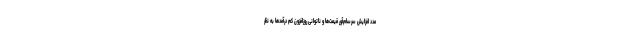
مددِ افزایش سرسام‌آور قیمت‌ها و ناتوانی روزافزون کم درآمدها به نظر